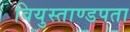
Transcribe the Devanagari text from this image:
वियुस्ताण्डपता